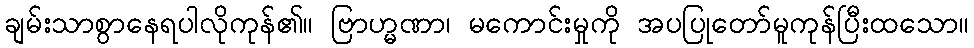
ချမ်းသာစွာနေရပါလိုကုန်၏။ ဗြာဟ္မဏာ၊ မကောင်းမှုကို အပပြုတော်မူကုန်ပြီးထသော။